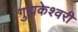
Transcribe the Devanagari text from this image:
गुह्मकेश्वरी